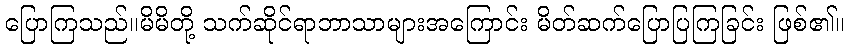
ပြောကြသည်။မိမိတို့ သက်ဆိုင်ရာဘာသာများအကြောင်း မိတ်ဆက်ပြောပြကြခြင်း ဖြစ်၏။